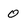
Character: 0